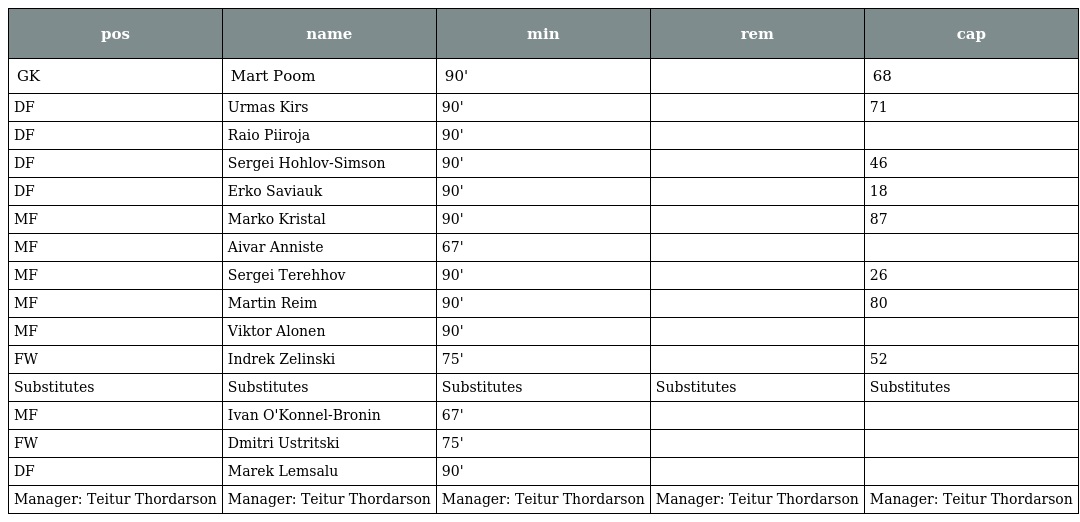
| pos | name | min | rem | cap |
 | --- | --- | --- | --- | --- |
 | GK | Mart Poom | 90' |  | 68 |
 | DF | Urmas Kirs | 90' |  | 71 |
 | DF | Raio Piiroja | 90' |  |  |
 | DF | Sergei Hohlov-Simson | 90' |  | 46 |
 | DF | Erko Saviauk | 90' |  | 18 |
 | MF | Marko Kristal | 90' |  | 87 |
 | MF | Aivar Anniste | 67' |  |  |
 | MF | Sergei Terehhov | 90' |  | 26 |
 | MF | Martin Reim | 90' |  | 80 |
 | MF | Viktor Alonen | 90' |  |  |
 | FW | Indrek Zelinski | 75' |  | 52 |
 | Substitutes | Substitutes | Substitutes | Substitutes | Substitutes |
 | MF | Ivan O'Konnel-Bronin | 67' |  |  |
 | FW | Dmitri Ustritski | 75' |  |  |
 | DF | Marek Lemsalu | 90' |  |  |
 | Manager: Teitur Thordarson | Manager: Teitur Thordarson | Manager: Teitur Thordarson | Manager: Teitur Thordarson | Manager: Teitur Thordarson |